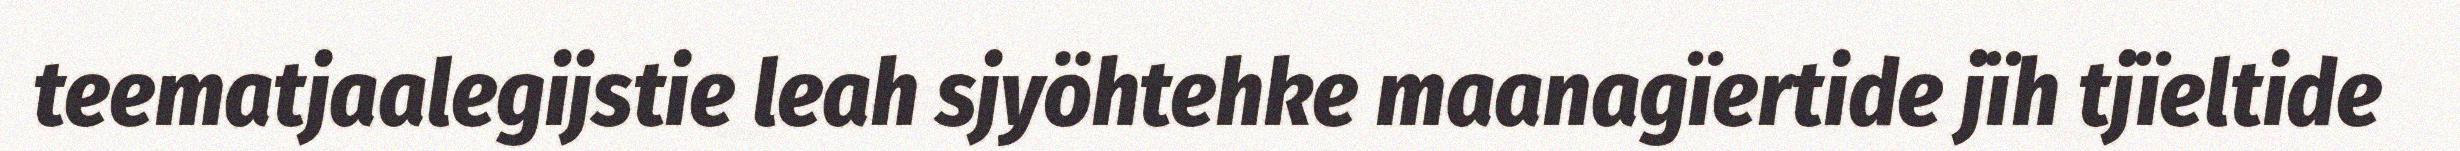
teematjaalegijstie leah sjyöhtehke maanagïertide jïh tjïeltide